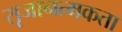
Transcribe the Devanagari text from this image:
सृजानत्मकता